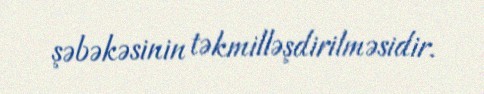
şəbəkəsinin təkmilləşdirilməsidir.